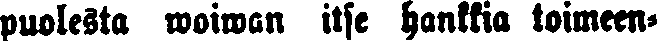
puolesta woiwan itse hankkia toimeen-